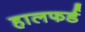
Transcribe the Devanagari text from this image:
हालफर्ड